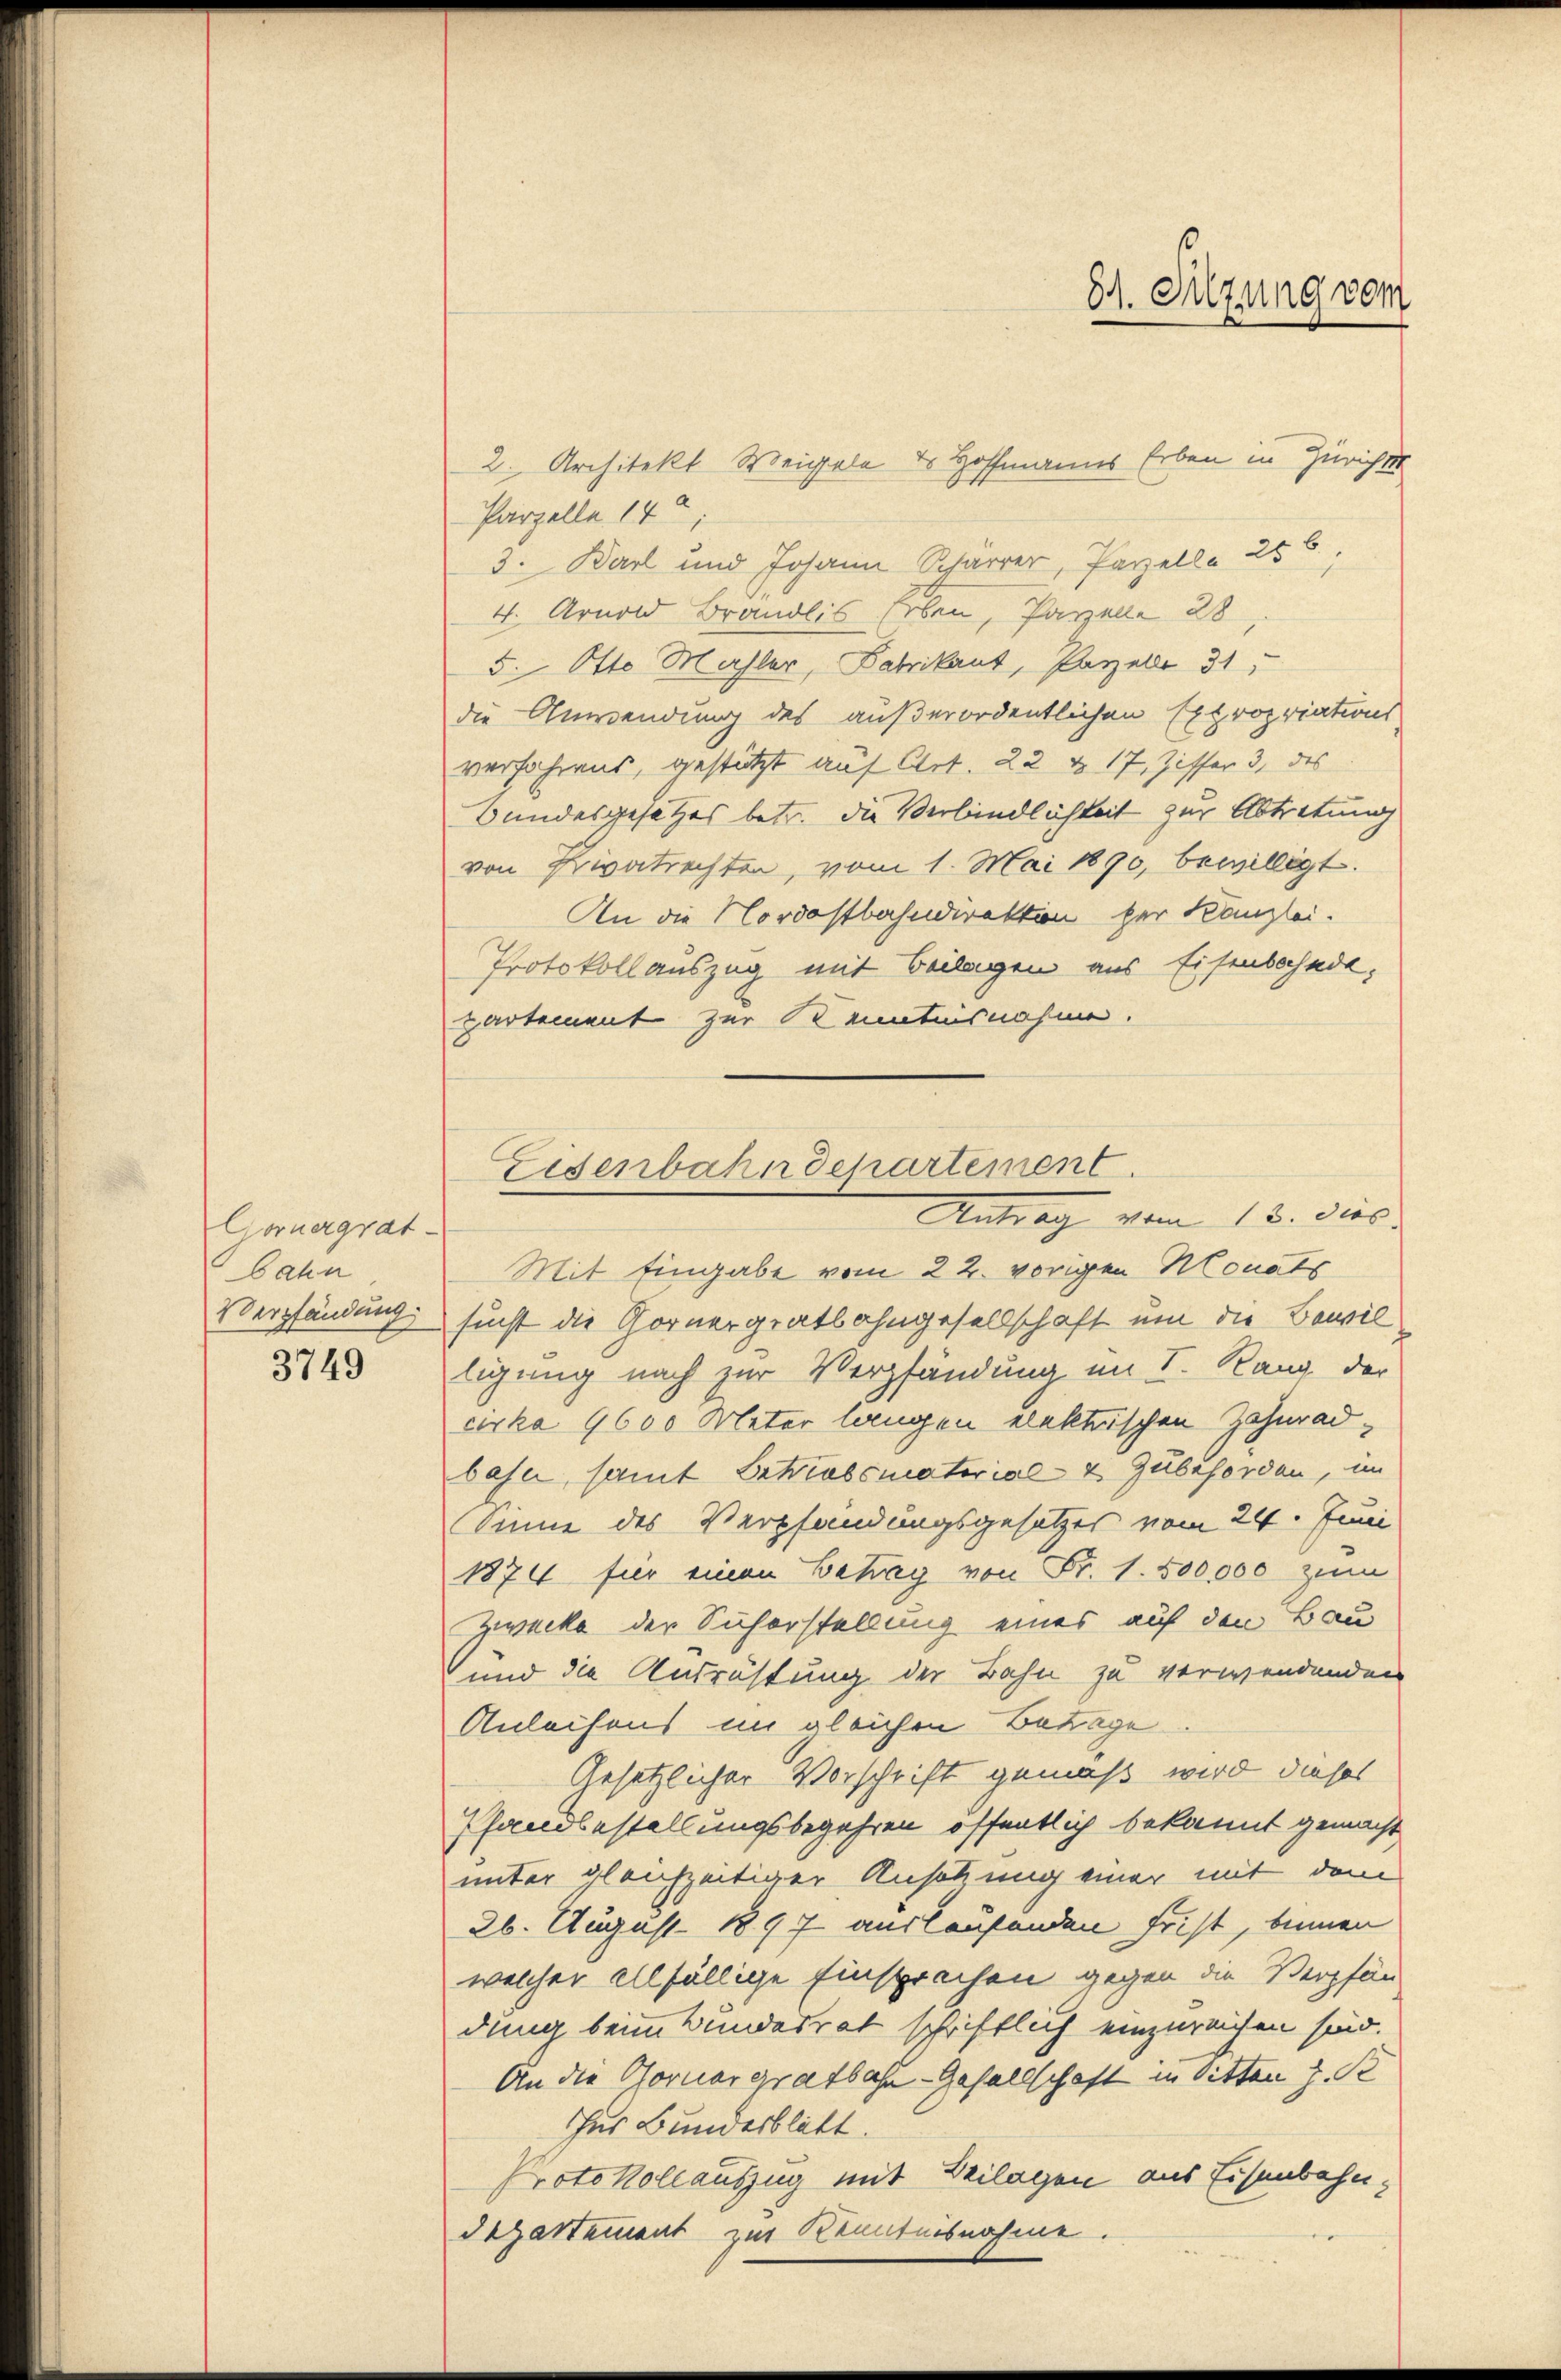
Gornergrat
bahn
Verpfändung
3749

2. Architekt Weigel des Hoffmanns Erben in Züricht
Parzelle 14;
3. Barl und Johann Scharrer, Parzelle 256,
4. Arnold Brandlis Erben, Parzelle 28
5. Otto Mahler, Fabrikant, Parzelle 31
die Anwendung des außerordentlichen Expropriations
verfahrens, gestützt auf Art. 22 & 17, Ziffer 3, des
Bundesgesetzes betr. die Verbindlichkeit zur Abtretung
von Erwatrechten, vom 1. Mai 1890, bewilligt.
An die Nordostbahndirektion her Kanzlei.
Protokoll auszug mit Beilagen aus Eisenbahnde,
partement zur Kenntnisnahme.

8. Sitzung vom

Eisenbahn Departement
Antrag vom 15. Disp.

Mit Eingabe vom 22. vorigen Monats
sucht die Gornergratbahngesellschaft um die Bewil
ligung nach zur Verpfändung im I. Rang der
cirka 9600 Meter langen elektrischen Zahnradbahn, samt Betriebsmaterial v. Zubehörden, im
Sinne des Verpfandungsgesetzes vom 24. Juni
1874 für einen Betrag von Fr. 1. 500,000 zum
Zwecke der Sicherstellung eines auf den Bau
und die Ausrichtung der Bahn zu verwendenden
Anleihens im gleichen Betrage
Gesetzlicher Vorschrift gemäß wird dieses
Pfandbestellungsbegehren öffentlich bekannt gemacht
unter gleichzeitiger Ansetzung einer mit dem
26. August 1897 auslaufenden Frist, binnen
welcher allfällige Einsprachen gegen die Verpfän
dung beim Bundesrat schriftlich einzureichen sind.
An die Horner gratbahn-Gesellschaft in bitten z. B
Ins Bundesblatt.
Protokollauszug mit Beilagen aus Eisenbahn¬
Departement zur Kenntnisnahme.